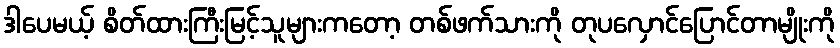
ဒါပေမယ့် စိတ်ထားကြီးမြင့်သူများကတော့ တစ်ဖက်သားကို တုပလှောင်ပြောင်တာမျိုးကို